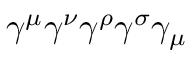
\gamma ^ { \mu } \gamma ^ { \nu } \gamma ^ { \rho } \gamma ^ { \sigma } \gamma _ { \mu }